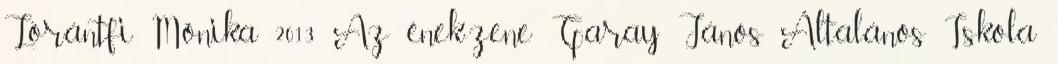
Lórántfi Mónika 2013 Az ének-zene Garay János Általános Iskola